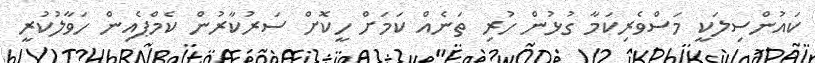
ކައުންސިލަކީ މަސްވެރިކަމާ ގުޅުން ހުރި ތަނެއް ކަމަށް ހީކޮށް ސަރުކާރުން ކެމްޕެއިން ހަވާލުކުރީ